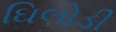
ઘિલોડી